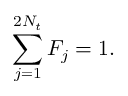
\sum _ { j = 1 } ^ { 2 N _ { t } } { F _ { j } } = 1 .